Document type: Sale
Year: 1226
Scribe: Ramon d'Om
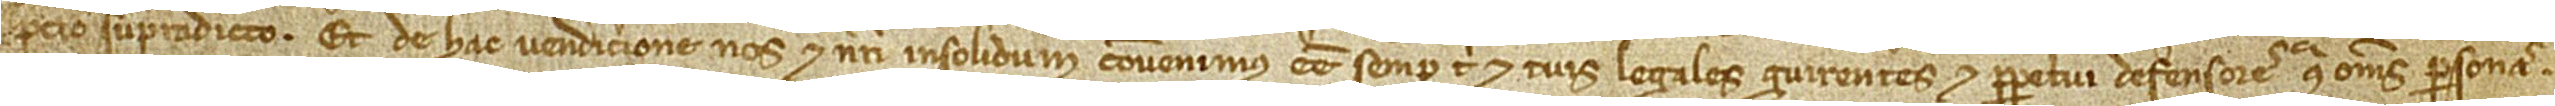
precio supradicto. Et de hac vendicione nos et nostri insolidum convenimus esse semper tibi et tuis legales guirentes et perpetui defensores contra omnes personas